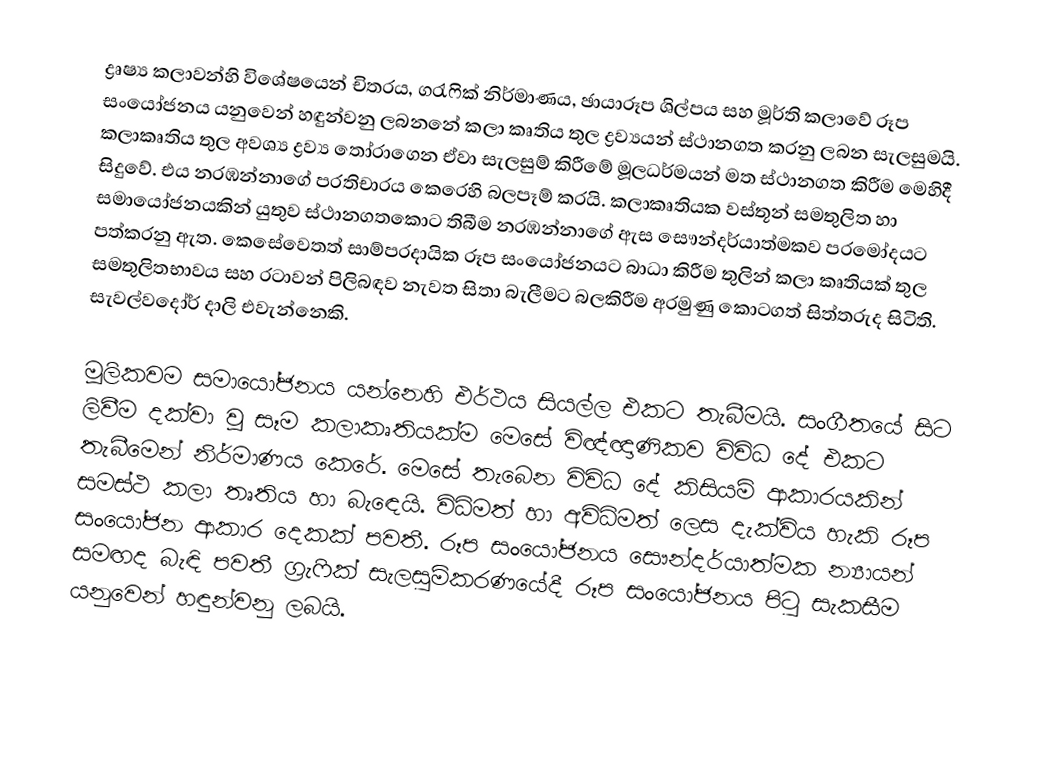
ද්‍රෘෂ්‍ය කලාවන්හි විශේෂයෙන් චිත‍්‍රය, ග‍්‍රැෆික් නිර්මාණය, ඡායාරූප ශිල්පය සහ මූර්ති කලාවේ රූප සංයෝජනය යනුවෙන් හඳුන්වනු ලබනනේ කලා කෘතිය තුල ද්‍රව්‍යයන් ස්ථානගත කරනු ලබන සැලසුමයි. කලාකෘතිය තුල අවශ්‍ය ද්‍රව්‍ය තෝරාගෙන ඒවා සැලසුම් කිරීමේ මූලධර්මයන් මත ස්ථානගත  කිරීම මෙහිදී සිදුවේ. එය නරඹන්නාගේ ප‍්‍රතිචාරය කෙරෙහි බලපෑම් කරයි. කලාකෘතියක වස්තූන් සමතුලිත හා සමායෝජනයකින් යුතුව ස්ථානගතකොට තිබීම නරඹන්නාගේ ඇස සෞන්දර්යාත්මකව ප‍්‍රමෝදයට පත්කරනු ඇත. කෙසේවෙතත් සාම්ප‍්‍රදායික රූප සංයෝජනයට බාධා කිරීම තුලින් කලා කෘතියක් තුල සමතුලිතභාවය සහ රටාවන් පිලිබඳව නැවත සිතා බැලීමට බලකිරීම අරමුණු කොටගත් සිත්තරුද සිටිති. සැවල්වදෝර් දාලි එවැන්නෙකි.

මූලිකවම සමායෝජනය යන්නෙහි එර්ථය සියල්ල එකට තැබීමයි. සංගීතයේ සිට ලිවීම දක්වා වූ සෑම කලාකෘතියක්ම මෙසේ විඥ්ඥාණිකව විවිධ දේ එකට තැබීමෙන් නිර්මාණය කෙරේ. මෙසේ තැබෙන විවිධ දේ කිසියම් ආකාරයකින් සමස්ථ කලා තෘතිය හා බැඳෙයි. විධිමත් හා අවිධිමත් ලෙස දැක්විය හැකි රූප සංයෝජන ආකාර දෙකක් පවතී. රූප සංයෝජනය සෞන්දර්යාත්මක න්‍යායන් සමඟද බැඳි පවතී ග‍්‍රැෆික් සැලසුම්කරණයේදී රූප සංයෝජනය පිටු සැකසීම යනුවෙන් හඳුන්වනු ලබයි.